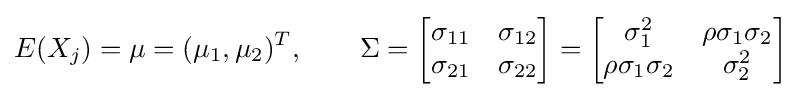
E(X_{j})=\mu =(\mu _{1},\mu _{2})^{T},\qquad \Sigma ={\begin{bmatrix}\sigma _{11}&\sigma _{12}\\\sigma _{21}&\sigma _{22}\end{bmatrix}}={\begin{bmatrix}\sigma _{1}^{2}&\rho \sigma _{1}\sigma _{2}\\\rho \sigma _{1}\sigma _{2}&\sigma _{2}^{2}\end{bmatrix}}